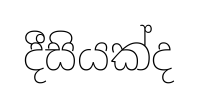
දීසියක්ද